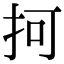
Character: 抲